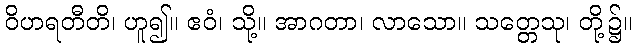
ဝိဟရတီတိ၊ ဟူ၍။ ဧဝံ၊ သို့။ အာဂတာ၊ လာသော။ သတ္တေသု၊ တို့၌။